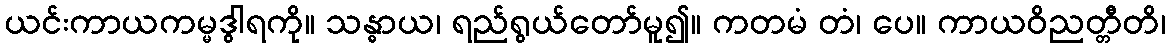
ယင်းကာယကမ္မဒွါရကို။ သန္ဓာယ၊ ရည်ရွယ်တော်မူ၍။ ကတမံ တံ၊ ပေ။ ကာယဝိညတ္တီတိ၊